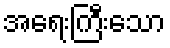
အရေးကြီးသော